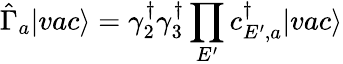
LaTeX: \hat{\Gamma}_{a}|vac\rangle=\gamma_{2}^{\dagger}\gamma_{3}^{\dagger}\prod_{E^{\prime}}c_{E^{\prime},a}^{\dagger}|vac\rangle